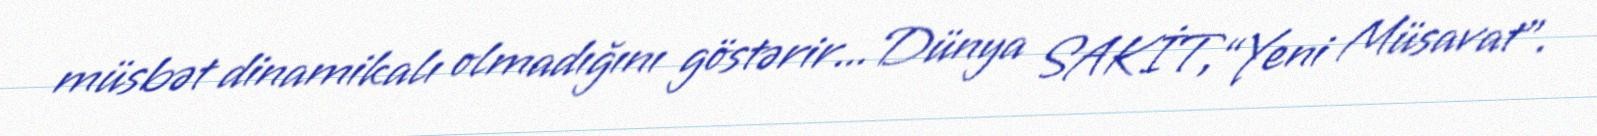
müsbət dinamikalı olmadığını göstərir... Dünya SAKİT,“Yeni Müsavat”.